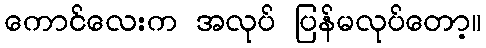
ကောင်လေးက အလုပ် ပြန်မလုပ်တော့။